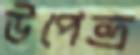
উপেন্দ্র